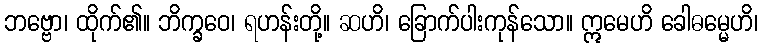
ဘဗ္ဗော၊ ထိုက်၏။ ဘိက္ခဝေ၊ ရဟန်းတို့။ ဆဟိ၊ ခြောက်ပါးကုန်သော။ ဣမေဟိ ခေါဓမ္မေဟိ၊